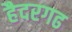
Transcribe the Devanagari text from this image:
हैदरगढ